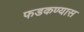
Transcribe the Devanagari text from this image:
फडकण्यास